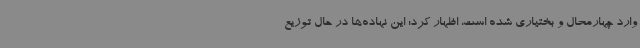
وارد چهارمحال و بختیاری شده است، اظهار کرد: این نهاده‌ها در حال توزیع